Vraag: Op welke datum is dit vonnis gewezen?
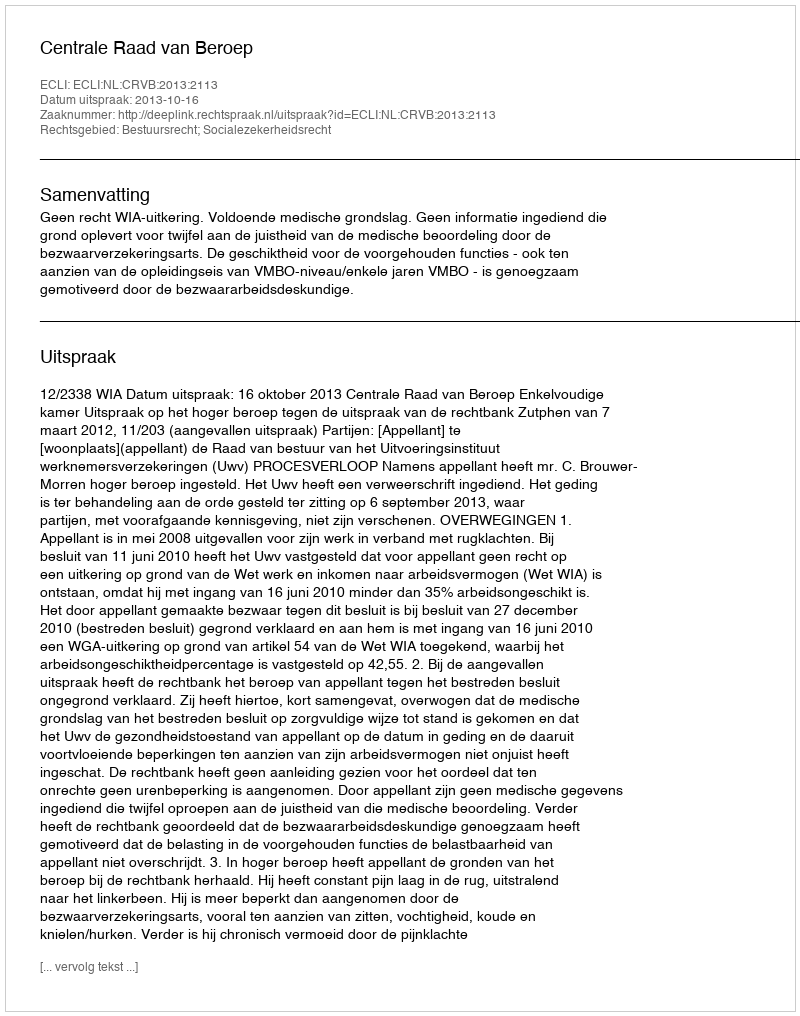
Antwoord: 2013-10-16